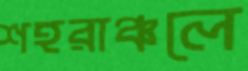
শহরাঞ্চলে